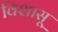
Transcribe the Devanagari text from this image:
विशासू